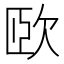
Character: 𣢮